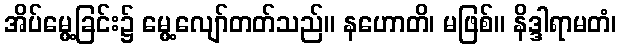
အိပ်မွေ့ခြင်း၌ မွေ့လျော်တတ်သည်။ နဟောတိ၊ မဖြစ်။ နိဒ္ဒါရာမတံ၊